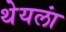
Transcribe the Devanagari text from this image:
थेयलां